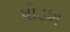
ષોડશ